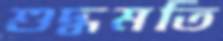
শুদ্ধমতি